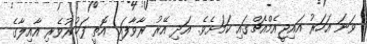
ވަނަ އަހަރު އައިޖީއެމްއެޗްގައި ކަމަށެވެ. އަދި އޭރު ރާވާފައި އޮތީ ފަޚުރުވެރި އާއިލާގެ